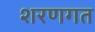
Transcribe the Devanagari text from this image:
शरणगत